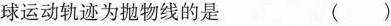
球运动轨迹为抛物线的是 ( )